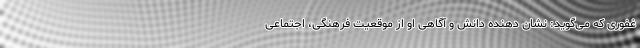
غفوری که می‌گوید: نشان دهنده دانش و آگاهی او از موقعیت فرهنگی، اجتماعی